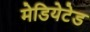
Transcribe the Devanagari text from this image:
मेडियेटेड